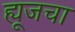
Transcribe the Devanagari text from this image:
ह्यूजचा